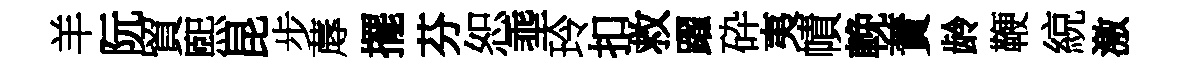
羊阮貿煕昆步蓐擺芬恕埀玲扣救躍砕夷幘輓蕡龄鞭綂激